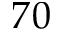
7 0